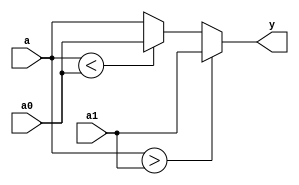
//////////////////////////////////////////////////////////////////////////////
// Tyler Anderson Thu 10/24/2019_11:00:53.73
//
// clip_signed.v
//
// Clip signed input *a* between *a0* and *a1*
//
/////////////////////////////////////////////////////////////////////////////
module clip_signed #(parameter P_WIDTH=16)
   (
    input signed [P_WIDTH-1:0] 	    a,
    input signed [P_WIDTH-1:0] 	    a0,
    input signed [P_WIDTH-1:0] 	    a1,
    output reg signed [P_WIDTH-1:0] y
    );
   
   always @(*)
     begin
	if(a > a1)
	  y = a1;
	else if(a < a0)
	  y = a0;
	else
	  y = a; 
     end
   
endmodule